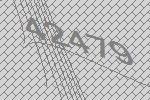
42479